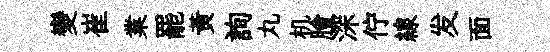
變崔業罷黃詢丸机膾深佇線发面